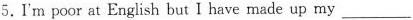
5.I'm poor at English but I have made up my___